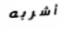
أشربه